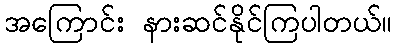
အကြောင်း နားဆင်နိုင်ကြပါတယ်။